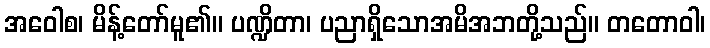
အဝေါစ၊ မိန့်တော်မူ၏။ ပဏ္ဍိတာ၊ ပညာရှိသောအမိအဘတို့သည်။ တတောဝါ၊